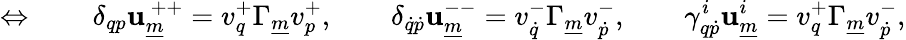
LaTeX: \Leftrightarrow\qquad\delta_{qp}\mathbf{u}_{\underline{{{{m}}}}}^{~++}=v_{q}^{+}\Gamma_{\underline{{{{m}}}}}v_{p}^{+},\qquad\delta_{\dot{{q}}\dot{{p}}}\mathbf{u}_{\underline{{{{m}}}}}^{--}=v_{\dot{{q}}}^{-}\Gamma_{\underline{{{{m}}}}}v_{\dot{{p}}}^{-},\qquad\gamma_{q\dot{{p}}}^{i}\mathbf{u}_{\underline{{{{m}}}}}^{i}=v_{q}^{+}\Gamma_{\underline{{{{m}}}}}v_{\dot{{p}}}^{-},